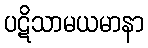
ပဋိသာမယမာနာ